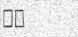
٥٢